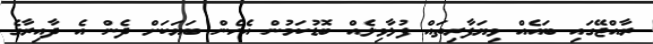
ރާއްޖޭގައި ބައެއް ވިޔަފާރިތައް ފުޅާވިލެއް ބޮޑުކަމުން އެހެން ބަޔަކަށް ދެން އެ ދާއިރާގެ